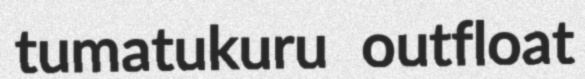
tumatukuru outfloat